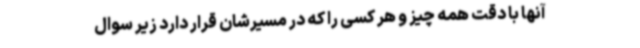
آنها با دقت همه چیز و هر کسی را که در مسیرشان قرار دارد زیر سوال